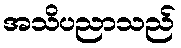
အသိပညာသည်